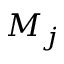
M _ { j }